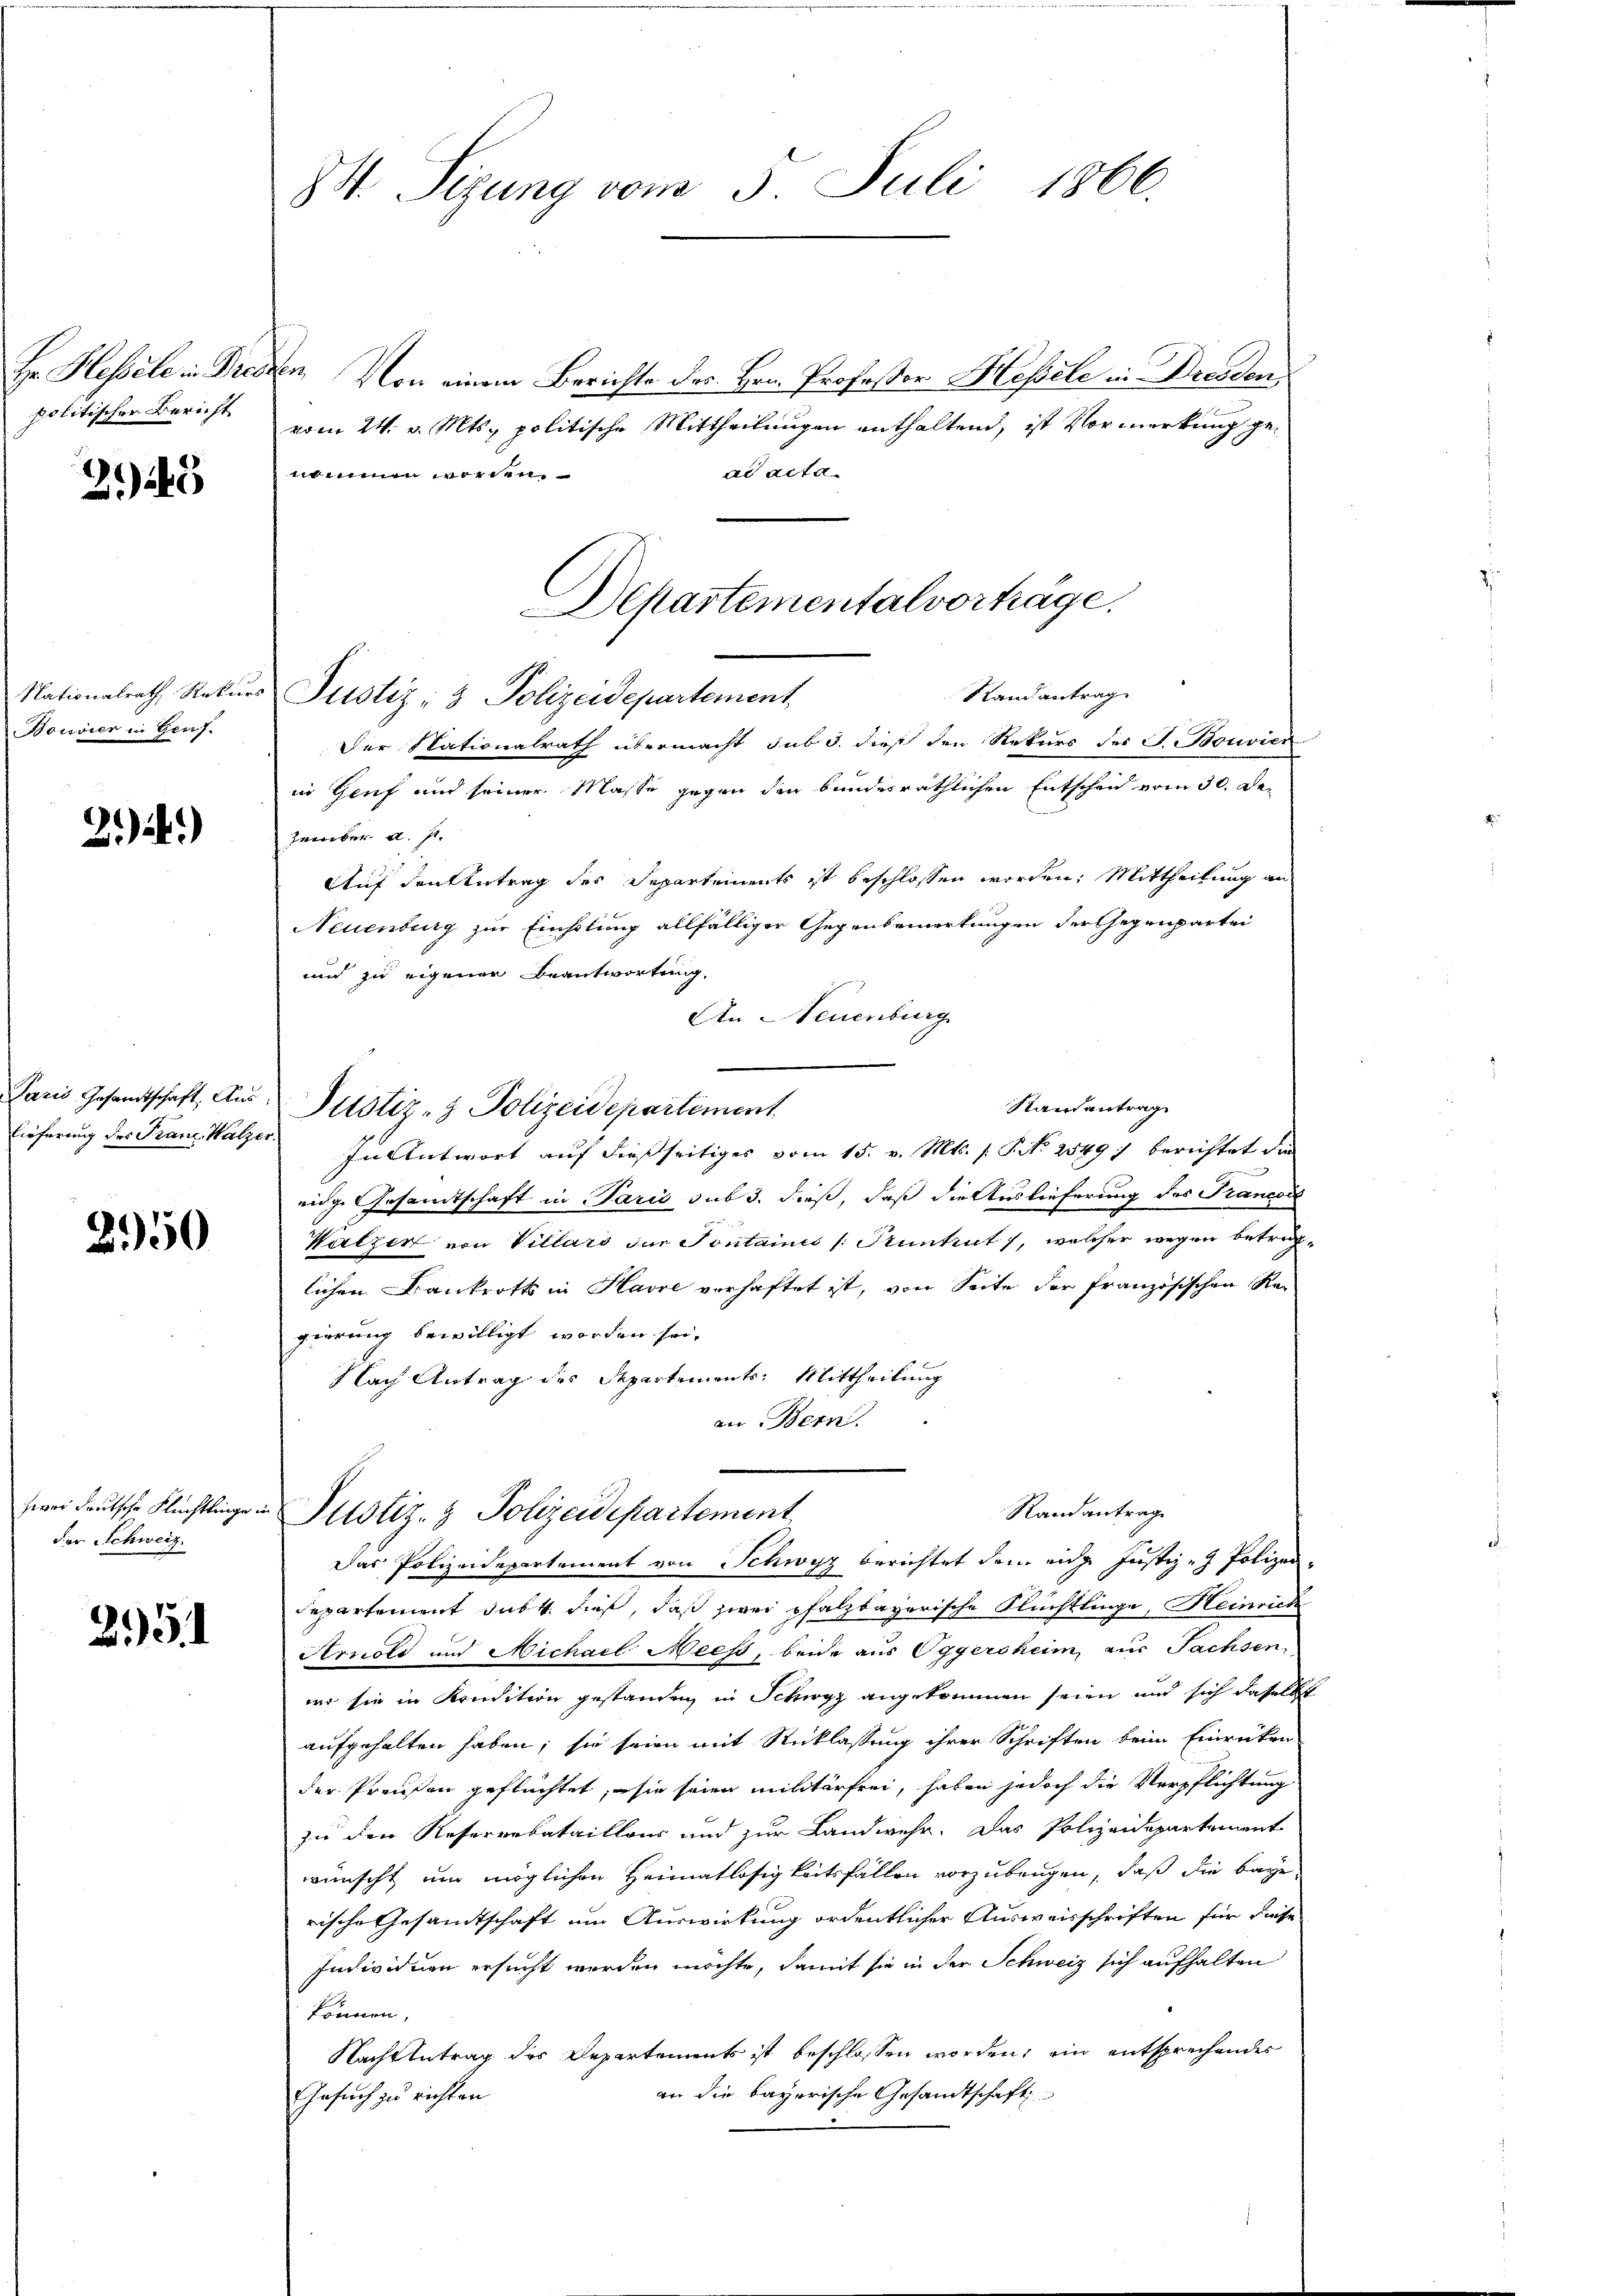
politischer Bericht

245

Bouvier in Genf.

21.)

2950

der Schweiz.

84. Sizung vom 5. Juli 1866.

Hr. Hessele in Dresden, Von einem Berichte des Hrn. Professor Hessele in Dresden
vom 24. v. Mts. politische Mittheilungen enthaltend, ist Vormerkung gead acta
nommen worden.
Der Nationalrath übermacht sub 3. dieß den Rekurs des J. Bouvier
in Genf und seiner Masse gegen den bundesräthlichen Entscheid vom 30. Dezember a. p.
Auf den Antrag des Departements ist beschlossen worden. Mittheilung an
Neuenburg zur Einholung allfälliger Gegenbemerkungen der Gegenpartei
und zu eigener Beantwortung.
An Neuenburg
Randantrag
lieferung des Franz Kalzer. In Antwort auf dießseitiges vom 15. v. Mts. s. S. No 2549) berichtet die
eidge Gesamtschaft in Paris sub 3. dieß, daß die Auslieferung des Francore
Walzer von Villars der Sontaines /: Pruntrut, welcher wegen betreflichen Krankrotts in Havre verhaftet ist, von Seite der französischen Re-
gierung bewilligt worden sei.
Nach Antrag des Departements-Mittheilung
an Bern
Randantrag
zwei deutsche Flüchtlinge in Justiz- & Polizeidepartement
Das Polizeidepartement von Schwyz berichtet dem eidge Justiz - Polizei¬
 x
departement subt dieß, daß zwei pfalzbayerische Flüchtlinge, Heinrich
Arnold und Michael Meist, beide aus Oggersheim, aus Sachsen,
wo sie in Kredition gestanden in Schwyz angekommen seien und sich daselbst
aufgehalten haben; sie seien mit Rücklassung ihrer Schriften beim Einrücken
der Preußen geflüchtet, sie seien militärfrei, haben jedoch die Verpflichtung
zu den Resererbataillons und zur Landwehr. Das Polizeidepartement
wünscht um möglichen Heimatlosigkeitsfällen vorzubeugen, daß die Baye
rische Gesandtschaft um Auswirkung ordentlicher Ausweisschriften für diese
Individuen ersucht werden möchte, damit sie in der Schweiz sich aufhalten
können,
Nachtetrag des Departements ist beschlossen worden, ein entsprechendes
an die bayerische Gesandtschaft
Gesuch zu richten

Departementalvorträge.
Randantrag
Nationalrath Rekurs Justiz- & Polizeidepartement

Paris Gesandtschaft Aus Justiz- & Polizeidepartement